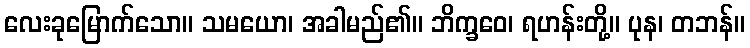
လေးခုမြောက်သော။ သမယော၊ အခါမည်၏။ ဘိက္ခဝေ၊ ရဟန်းတို့။ ပုန၊ တဘန်။